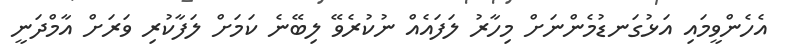
އެހެންވީމައި އަޅުގަނޑުމެންނަށް މިހާރު ލަފައެއް ނުކުރެވޭ ލިބޭނެ ކަމަށް ލަފާކުރި ވަރަށް އާމްދަނީ